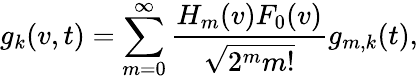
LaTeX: g_{k}(v,t)=\sum_{m=0}^{\infty}\frac{H_{m}(v)F_{0}(v)}{\sqrt{2^{m}m!}}g_{m,k}(t),